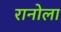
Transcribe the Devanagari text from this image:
रानोला